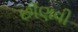
છીણવી